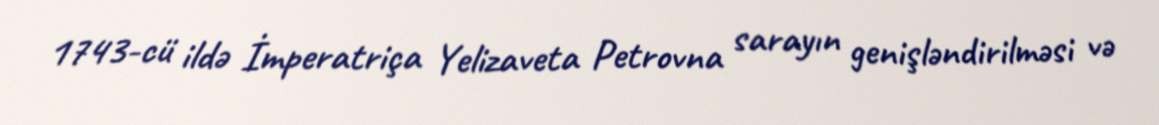
1743-cü ildə İmperatriça Yelizaveta Petrovna sarayın genişləndirilməsi və